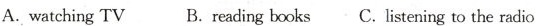
A.watching TV B. reading books C. listening to the radio